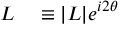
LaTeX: \begin{array} { r l } { L } & { { } \equiv | L | e ^ { i 2 \theta } } \end{array}